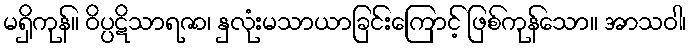
မရှိကုန်။ ဝိပ္ပဋိသာရဇာ၊ နှလုံးမသာယာခြင်းကြောင့် ဖြစ်ကုန်သော။ အာသဝါ၊